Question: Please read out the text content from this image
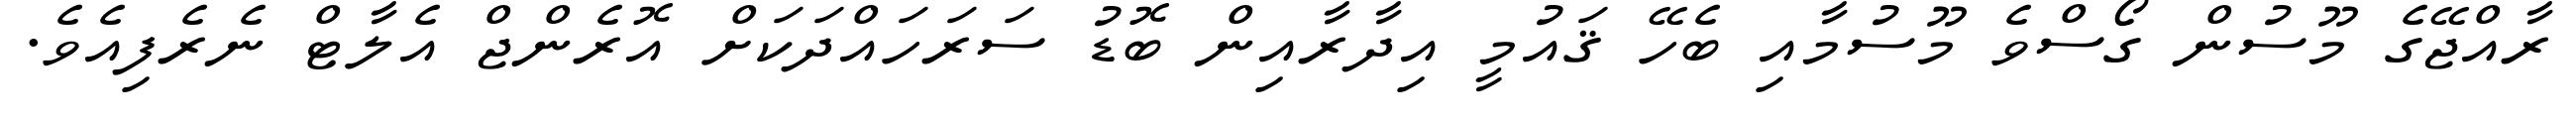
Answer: ރާއްޖޭގެ މޫސުން ގޯސްވެ މޫސުމާއި ބެހޭ ޤައުމީ އިދާރާއިން ބޮޑު ސަރަހައްދަކަށް އޮރެންޖް އެލާޓް ނެރެފިއެވެ.